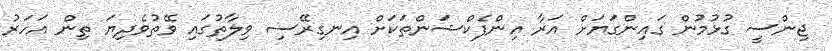
ޖިންސީ ގުޅުމުން ގައިންގަޔަށް އަރާ އިންފެކްޝަންތަކަށް އިނގިރޭސި ވިލާތުގައި ވޭތުވެދިޔަ ތިން އަހަރު